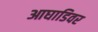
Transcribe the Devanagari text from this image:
आघाडिवर